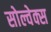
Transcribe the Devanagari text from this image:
सोल्वेक्स